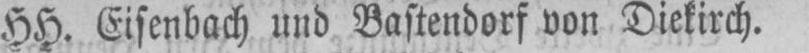
HH. Eisenbach und Bastendorf von Dietrich.